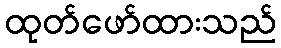
ထုတ်ဖော်ထားသည်